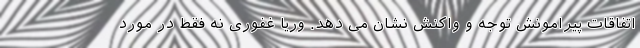
اتفاقات پیرامونش توجه و واکنش نشان می دهد. وریا غفوری نه فقط در مورد